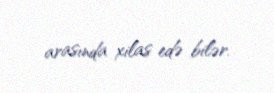
arasında xilas edə bilər.